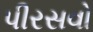
પીરસવો